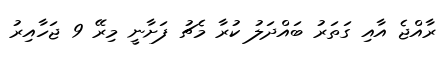
ރާއްޖެ އާއި ގަތަރު ބައްދަލު ކުރާ މެޗު ފަށާނީ މިރޭ 9 ޖަހާއިރު